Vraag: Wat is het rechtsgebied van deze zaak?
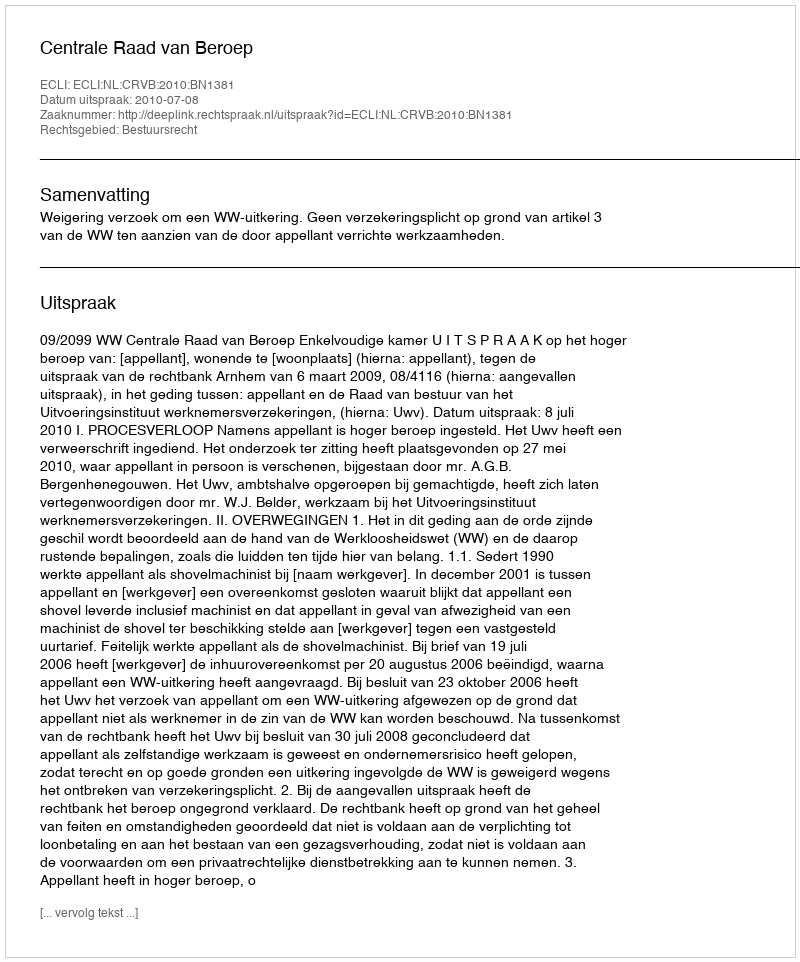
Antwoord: Bestuursrecht